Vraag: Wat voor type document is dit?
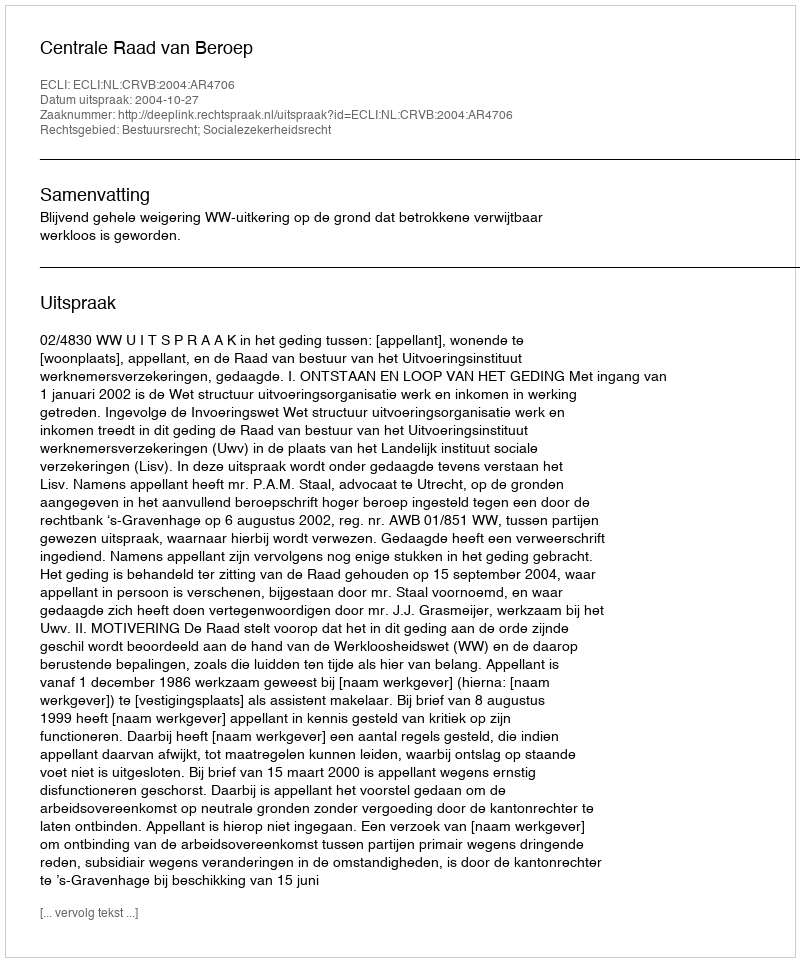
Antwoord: Uitspraak